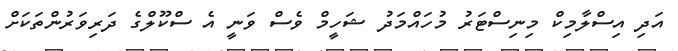
އަދި އިސްލާމިކް މިނިސްޓަރު މުހައްމަދު ޝަހީމް ވެސް ވަނީ އެ ސްކޫލްގެ ދަރިވަރުންތަކަށް